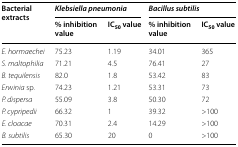
<table><thead><tr><td rowspan="2"><b>Bacterial extracts</b></td><td colspan="2"><b><i>Klebsiella pneumonia</i></b></td><td colspan="2"><b><i>Bacillus subtilis</i></b></td></tr><tr><td><b>% inhibition value</b></td><td><b>IC<sub>50</sub> value</b></td><td><b>% inhibition value</b></td><td><b>IC<sub>50</sub> value</b></td></tr></thead><tbody><tr><td><i>E. hormaechei</i></td><td>75.23</td><td>1.19</td><td>34.01</td><td>365</td></tr><tr><td><i>S. maltophilia</i></td><td>71.21</td><td>4.5</td><td>76.41</td><td>27</td></tr><tr><td><i>B. tequilensis</i></td><td>82.0</td><td>1.8</td><td>53.42</td><td>83</td></tr><tr><td><i>Erwinia</i> sp.</td><td>74.23</td><td>1.21</td><td>53.31</td><td>73</td></tr><tr><td><i>P. dispersa</i></td><td>55.09</td><td>3.8</td><td>50.30</td><td>72</td></tr><tr><td><i>P. cypripedii</i></td><td>66.32</td><td>1</td><td>39.32</td><td>&gt;100</td></tr><tr><td><i>E. cloacae</i></td><td>70.31</td><td>2.4</td><td>14.29</td><td>&gt;100</td></tr><tr><td><i>B. subtilis</i></td><td>65.30</td><td>20</td><td>0</td><td>&gt;100</td></tr></tbody></table>